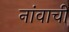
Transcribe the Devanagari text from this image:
नांवाचीं